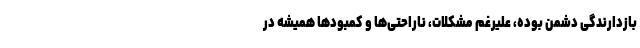
بازدارندگی دشمن بوده، علیرغم مشکلات، ناراحتی‌ها و کمبودها همیشه در